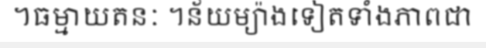
។ធម្មាយតនៈ ។ន័យម្យ៉ាងទៀតទាំងភាពជា